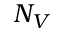
N _ { V }